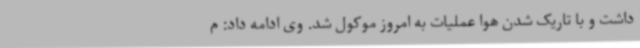
داشت و با تاریک شدن هوا عملیات به امروز موکول شد. وی ادامه داد: م